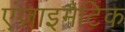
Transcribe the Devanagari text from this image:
एंजाइमैटिक